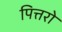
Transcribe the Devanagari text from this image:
पित्तरो